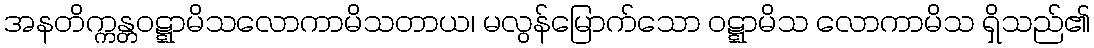
အနတိက္ကန္တဝဋ္ဋာမိသလောကာမိသတာယ၊ မလွန်မြောက်သော ဝဋ္ဋာမိသ လောကာမိသ ရှိသည်၏